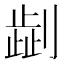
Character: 𠟞